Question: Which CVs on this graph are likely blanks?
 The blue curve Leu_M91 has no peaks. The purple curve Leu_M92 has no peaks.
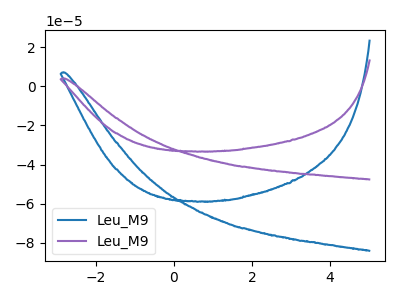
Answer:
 <answer>"Leu_M91" and "Leu_M92" are likely to be blanks.</answer>
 <eval>"Leu_M91", "Leu_M92"</eval>